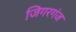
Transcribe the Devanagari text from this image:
जिगरगंज